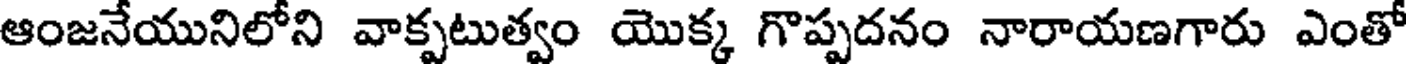
ఆంజనేయునిలోని వాక్పటుత్వం యొక్క గొప్పదనం నారాయణగారు ఎంతో